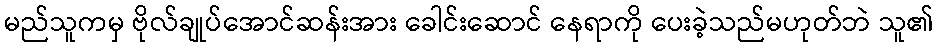
မည်သူကမှ ဗိုလ်ချုပ်အောင်ဆန်းအား ခေါင်းဆောင် နေရာကို ပေးခဲ့သည်မဟုတ်ဘဲ သူ၏